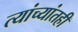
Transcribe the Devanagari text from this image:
त्यांच्यांतही